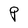
Character: P